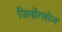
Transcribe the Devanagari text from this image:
जियोंगसेन